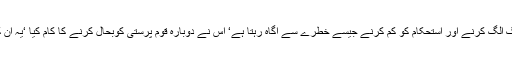
پیوٹن ملک کے اقلیتی گروہوں کو الگ الگ کرنے اور استحکام کو کم کرنے جیسے خطرے سے آگاہ رہتا ہے‘ اس نے دوبارہ قوم پرستی کوبحال کرنے کا کام کیا ‘یہ ان کے مذہب کے لئے بھی موزوں ہے۔